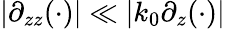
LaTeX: |\partial_{zz}(\cdot)|\ll|k_{0}\partial_{z}(\cdot)|